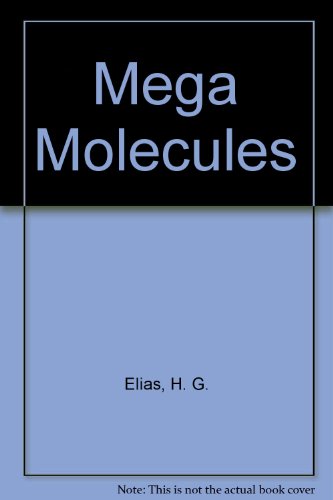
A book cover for Mega Molecules; H. G. Elias; Science & Math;